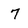
Character: 7